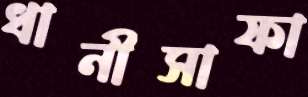
ধানীসাফা